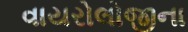
વાયરોલોજીના